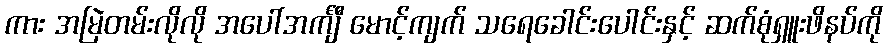
ကား အမြဲတမ်းလိုလို အပေါ်အင်္ကျီ မောင့်ကျက် သရေခေါင်းပေါင်းနှင့် ဆက်စုံရှူးဖိနပ်ကို